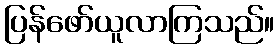
ပြန်ဖော်ယူလာကြသည်။